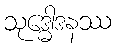
သုဒ္ဓေါဒနဿ